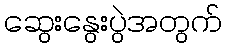
ဆွေးနွေးပွဲအတွက်